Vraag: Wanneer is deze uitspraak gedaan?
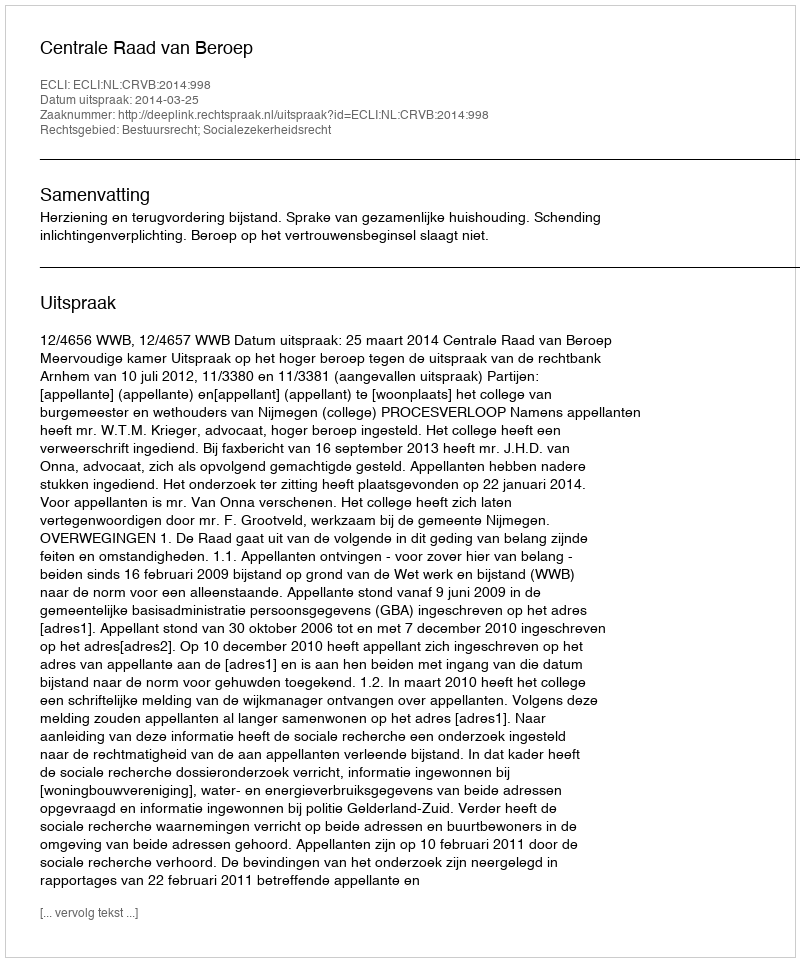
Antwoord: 2014-03-25